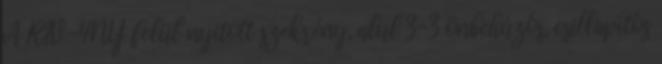
A RIV-4NY felül nyitott szekrény, alul 3-3 önbehúzós, csillapítós